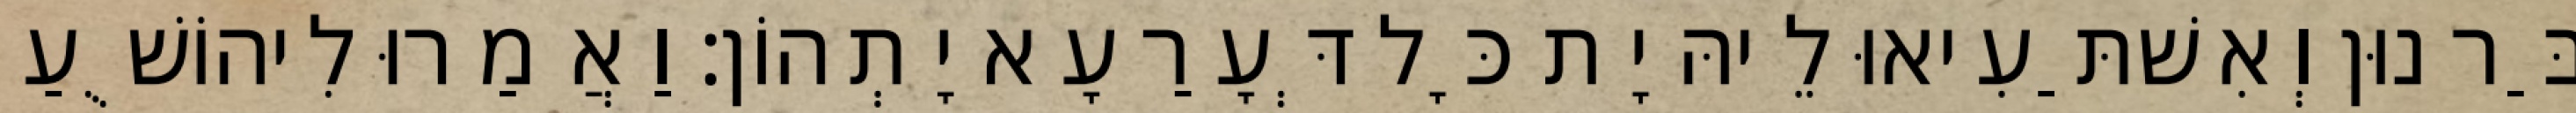
בַּר נוּן וְאִשׁתַּעִיאוּ לֵיהּ יָת כָּל דְּעָרַעָא יָתְהוֹן׃ וַאֲמַרוּ לִיהוֹשֻׁעַ